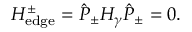
H _ { \mathrm { e d g e } } ^ { \pm } = \hat { P } _ { \pm } H _ { \gamma } \hat { P } _ { \pm } = 0 .